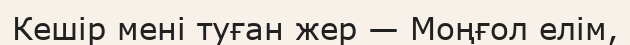
Кешір мені туған жер — Моңғол елім,